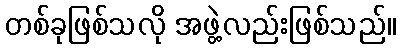
တစ်ခုဖြစ်သလို အဖွဲ့လည်းဖြစ်သည်။